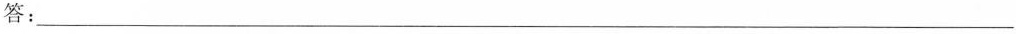
答：___